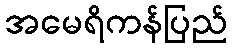
အမေရိကန်ပြည်